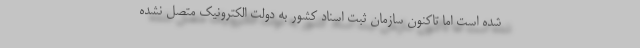
شده است اما تاکنون سازمان ثبت اسناد کشور به دولت الکترونیک متصل نشده